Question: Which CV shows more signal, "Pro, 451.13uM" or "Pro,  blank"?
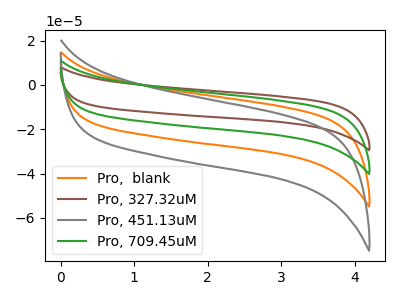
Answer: <think>The orange curve "Pro,  blank" has no peaks. The brown curve "Pro, 327.32uM" has no peaks. The gray curve "Pro, 451.13uM" has no peaks. The green curve "Pro, 709.45uM" has no peaks.
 Neither "Pro, 451.13uM" or "Pro,  blank" have any peaks.</think>
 <answer>I cant tell if "Pro, 451.13uM" or "Pro,  blank" has more signal.</answer>
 <eval>mixed_signal</eval>